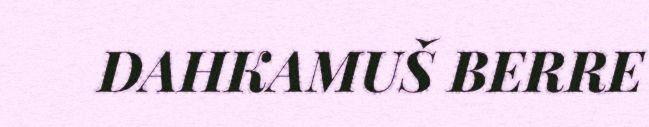
DAHKAMUŠ BERRE